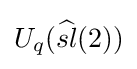
U_{q}({\widehat {sl}}(2))